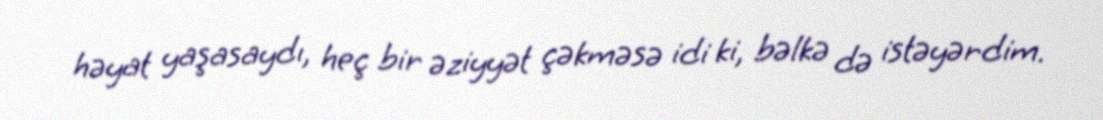
həyat yaşasaydı, heç bir əziyyət çəkməsə idi ki, bəlkə də istəyərdim.